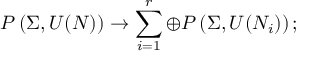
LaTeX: P \left( \Sigma , U ( N ) \right) \rightarrow \sum _ { i = 1 } ^ { r } \oplus P \left( \Sigma , U ( N _ { i } ) \right) ;